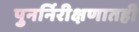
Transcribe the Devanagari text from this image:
पुनर्निरीक्षणातही